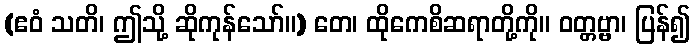
(ဧဝံ သတိ၊ ဤသို့ ဆိုကုန်သော်။) တေ၊ ထိုကေစိဆရာတို့ကို။ ဝတ္တဗ္ဗာ၊ ပြန်၍